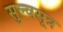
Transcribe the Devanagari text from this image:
सुल्वसूत्र